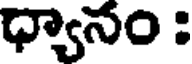
ధ్యానం :